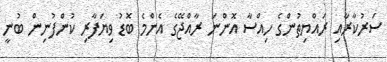
ސަރުކާރާއި ރައްޔިތުންގެ ހިއްސާ އޮންނަ ރާއްޖޭގެ އެންމެ ބޮޑު ވިޔަފާރި ކުންފުނިން ބުނީ